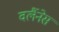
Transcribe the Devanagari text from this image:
वर्लैनेस